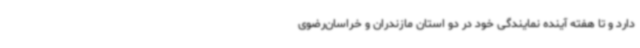
دارد و تا هفته آینده نمایندگی خود در دو استان مازندران و خراسان‌رضوی